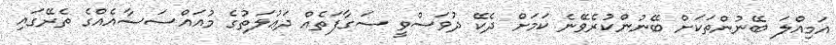
އަމިއްލަ ބޭނުންތަކަށް ބޭނުންކުރެވޭނެ ކަމަށް ދެކޭ ދުވަސްވީ ސަގާފަތެއް ދަޢުލަތުގެ މުއައްސަސާއެއްގެ ތެރޭގައި